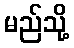
မည်သို့